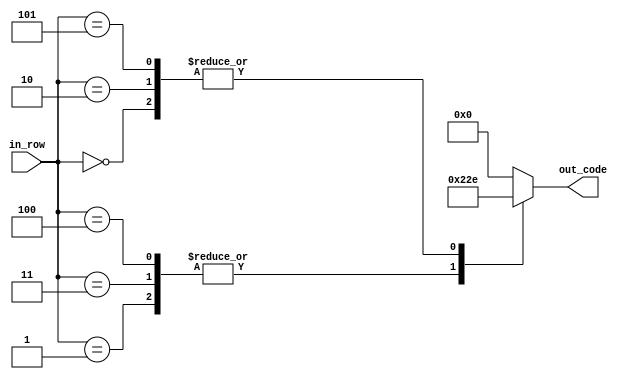
module num_8(
    input [2:0] in_row,
    output reg [4:0] out_code
    );

parameter [4:0] d_0 = 5'b01110; //  XXX
parameter [4:0] d_1 = 5'b10001; // X   X

always @ *
begin
	case (in_row)
		3'b000:
			out_code = d_0;
		3'b001:
			out_code = d_1;
		3'b010:
			out_code = d_0;
		3'b011:
			out_code = d_1;
		3'b100:
			out_code = d_1;
		3'b101:
			out_code = d_0;
		default:
			out_code = 5'b0;
	endcase
end


endmodule